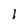
Character: l